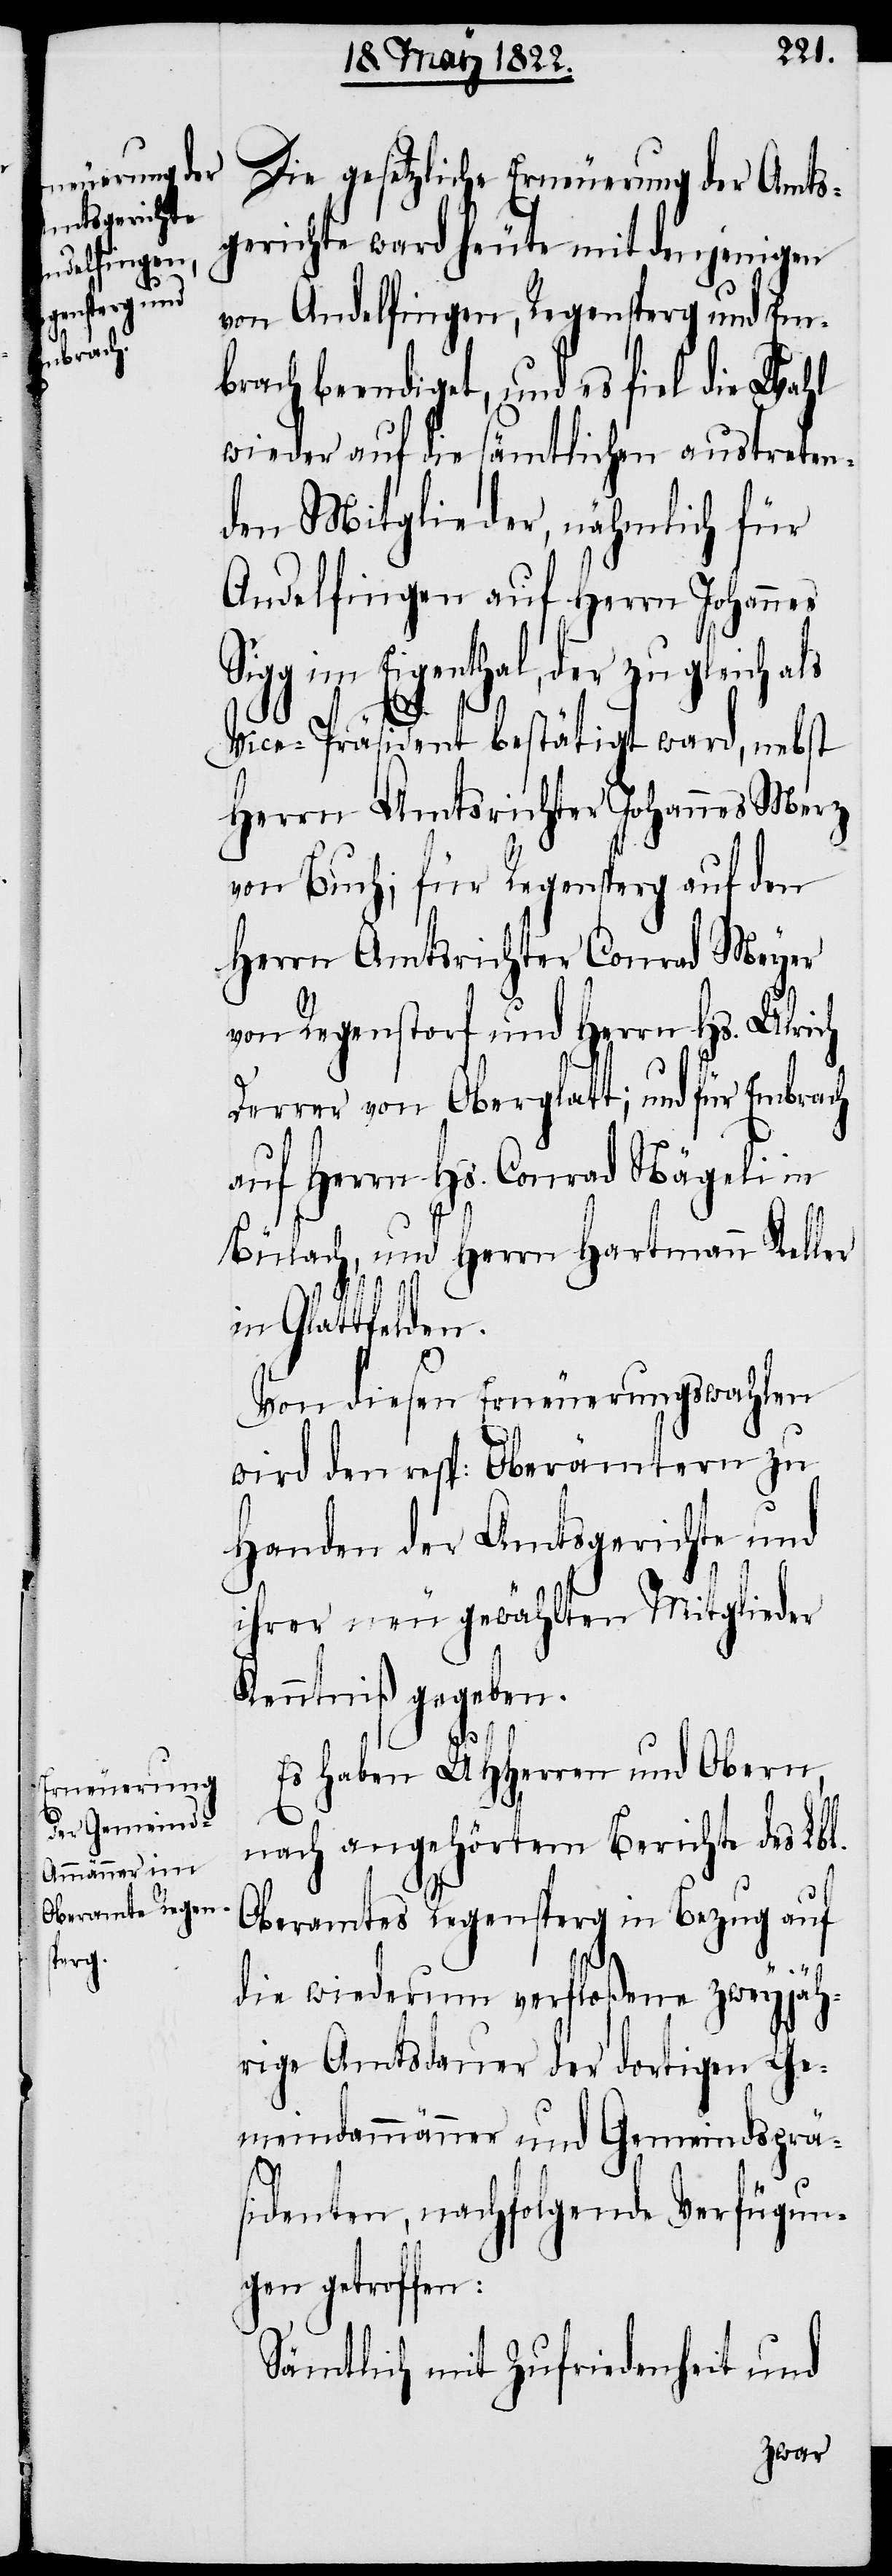
Die gesetzliche Erneuerung der Amts¬
gericht ward heute mit denjenigen
von Andelfingen, Regensperg und Em¬
brach beendiget, und es fiel die Wahl
wieder auf die sämtlichen austreten¬
den Mitglieder, nähmlich für
Andelfingen auf Herrn Johannes
Sigg im Eigenthal, der zu gleich als
Vice-Präsident bestätigt ward, nebst
Herrn Amtsrichter Johannes Merz
von Buch; für Regensperg auf den
Herrn Amtsrichter Conrad Meyer
von Regenstorf und Herrn Hs. Ulrich
Derrer von Oberglatt; und für Embrach
auf Herrn Hs. Conrad Nägeli in
Bülach, und Herrn Hartmann Keller
in Glattfelden.
Von diesen Erneuerungswahlen
wird den resp: Oberämtern zu
Handen der Amtsgerichte und
ihrer neu gewählten Mitglieder
Kenntniß gegeben.
Es haben UHHerrn und Obern,
nach angehörtem Berichte des Lbl.
Oberamtes Regensperg in Bezug auf
die wiederum verfloßene zweyjäh¬
rige Amtsdauer der dortigen Ge¬
meindammänner und Gemeindsprä¬
sidenten, nachfolgende Verfügun¬
gen getroffen:
Sämtlich mit Zufriedenheit und